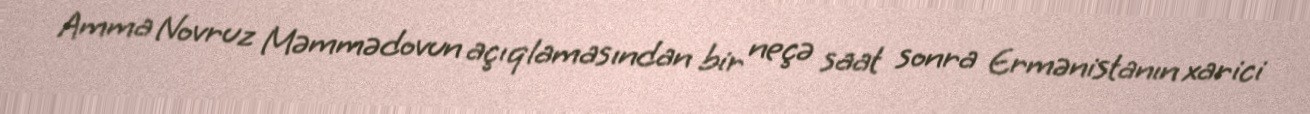
Amma Novruz Məmmədovun açıqlamasından bir neçə saat sonra Ermənistanın xarici